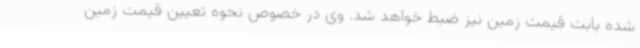
شده بابت قیمت زمین نیز ضبط خواهد شد. وی در خصوص نحوه تعیین قیمت زمین